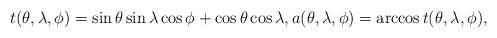
\begin{align*}t(\theta,\lambda,\phi) = \sin \theta \sin \lambda \cos \phi + \cos\theta \cos\lambda,a(\theta,\lambda,\phi) = \arccos t(\theta,\lambda,\phi), \end{align*}